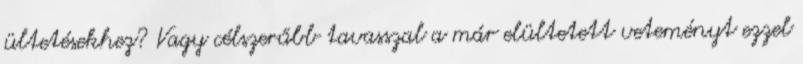
ültetésekhez? Vagy célszerűbb tavasszal a már elültetett veteményt ezzel